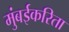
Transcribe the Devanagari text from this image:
मुंबईकरिता